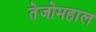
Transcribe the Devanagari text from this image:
तेजोमहाल